Annual report on the mental hospital in the Central Provinces and Berar (Nagpur) - 1927-1951
Year: 1927
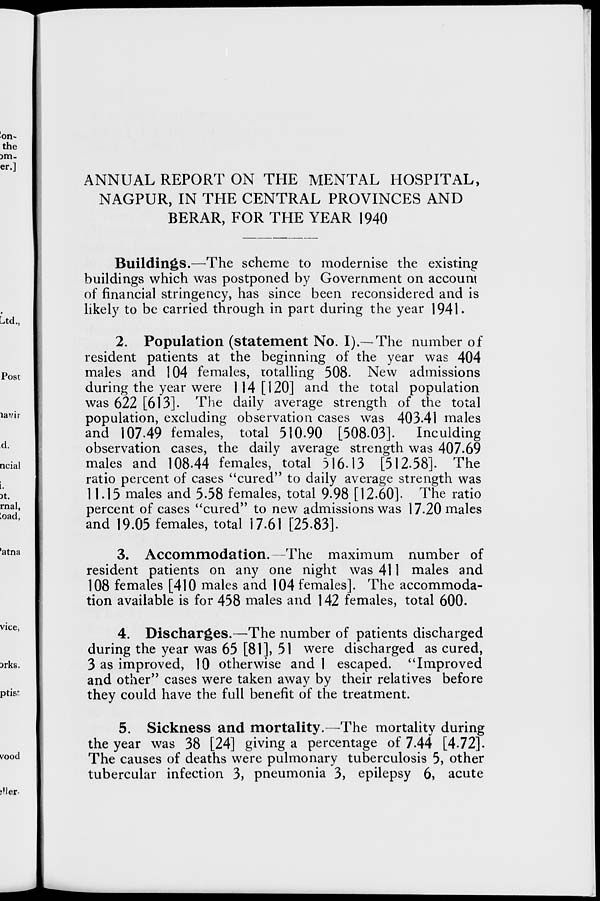
ANNUAL REPORT ON THE MENTAL HOSPITAL,
NAGPUR, IN THE CENTRAL PROVINCES AND
BERAR, FOR THE YEAR 1940
Buildings.—The scheme to modernise the existing
buildings which was postponed by Government on account
of financial stringency, has since been reconsidered and is
likely to be carried through in part during the year 1941.
2. Population (statement No. I).—The number of
resident patients at the beginning of the year was 404
males and 104 females, totalling 508. New admissions
during the year were 114 [120] and the total population
was 622 [613]. The daily average strength of the total
population, excluding observation cases was 403.41 males
and 107.49 females, total 510.90 [508.03].
Inculding
observation cases, the daily average strength was 407.69
males and 108.44 females, total 516.13 [512.58]. The
ratio percent of cases "cured" to daily average strength was
11.15 males and 5.58 females, total 9.98 [12.60]. The ratio
percent of cases "cured" to new admissions was 17.20 males
and 19.05 females, total 17.61 [25.83].
3. Accommodation.—The maximum number of
resident patients on any one night was 411 males and
108 females [410 males and 104 females]. The accommoda-
tion available is for 458 males and 142 females, total 600.
4. Discharges.—The number of patients discharged
during the year was 65 [81], 51 were discharged as cured,
3 as improved, 10 otherwise and 1 escaped. "Improved
and other" cases were taken away by their relatives before
they could have the full benefit of the treatment.
5. Sickness and mortality.—The mortality during
the year was 38 [24] giving a percentage of 7.44 [4.72].
The causes of deaths were pulmonary tuberculosis 5, other
tubercular infection 3, pneumonia 3, epilepsy 6, acute